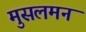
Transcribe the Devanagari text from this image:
मुसलमन